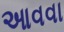
આવવા